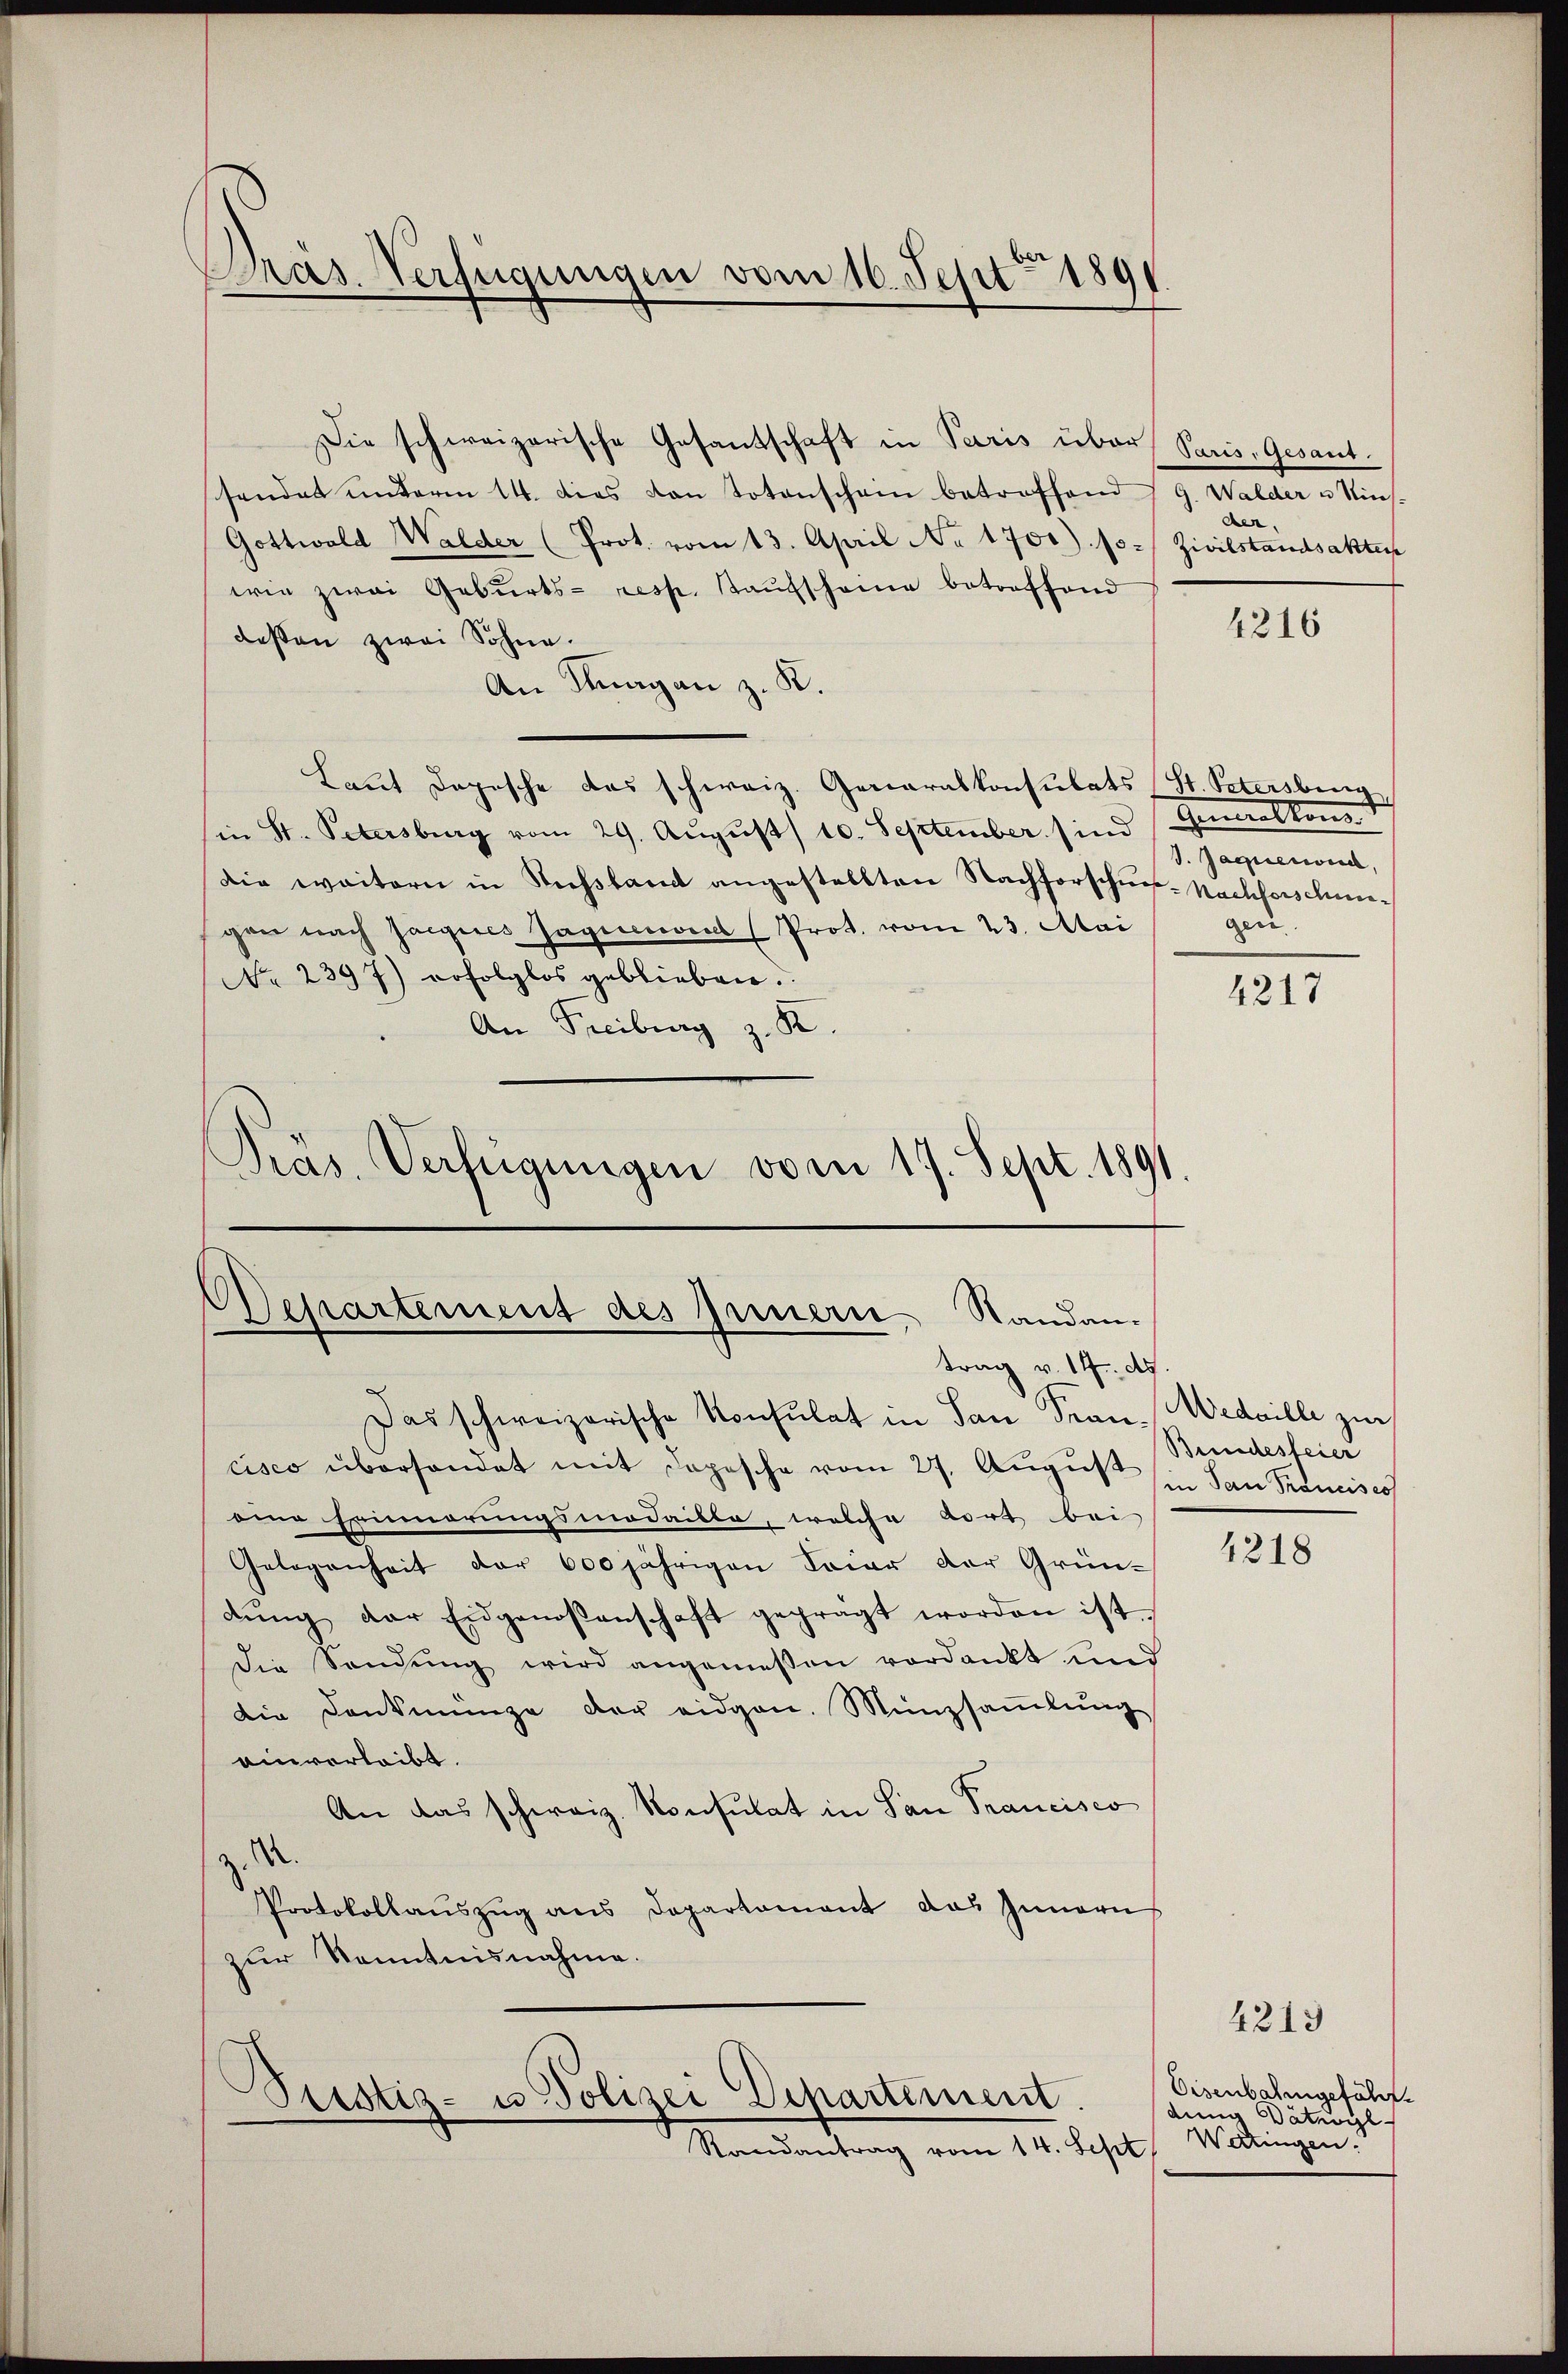
Präs. Verfügungen vom 16. Sept. 1891

Die schweizerische Gesantschaft in Paris über Paris, Gesant.
sendet unterm 14. dies von Totenschain betreffend G. Walder u Nins-
Gottwald Walder (Prot. vom 13. April No 1700) Jo- Zivilstandsakter
wie zwai Geburts- resp. Kaŭfschame betreffend
dessen zwei Söhne.
An Knagan z. K.
Laut Depesche das schweiz. Generalkonsulats (St. Petersburg,
in St. Petersburg vom 29. Aŭgŭst 10. September sind (Generalkons
Die weitern in Siehstand angestellten Nachforschus-Nachforschiegen nach sagenes Jagicovens (Prot. vom 23. Mai
No 2397) erfolglos geblieben.
An Freiburg z. K.
Pras. Verfügungen vom 17. Sept. 1891

Departement des Innern, Standantrag v. 14. ds.

Das schweizerische Konsulat in San Fran-Wedaille zur
cisco überhandet mit Depesche vom 27. August in San Francises
eine Erinnerungsmodaille, welche dort bei
Gelegenheit der 600 jährigen Feier der Grün-
dŭng der Eidgenossenschaft geprägt worden ist.
die Sandŭng wird angemeßen verdankt und
Die Denkmünze der eidgen. Münzsaṁlŭng
einverleibt.
An das schweiz. Konsulat in San Francisco
A.
Protokollaŭszŭg ans Departement das Innern
zur Kenntnisnahme.
Ptistig- u Polizei Departement.
Randantrag vom 14. Sept. Wettingen.

der.

4216

V. Jaquerweid,
gen.

4217

Bundesfeier

4218

4213
Eisenbahngeführt.
dung Dateogl